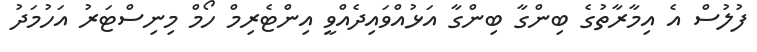
ފުލުސް އެ އިމާރާތުގެ ބިންގާ ބިންގާ އަޅުއްވައިދެއްވީ އިންޓެރިމް ހޯމް މިނިސްޓަރު އަހުމަދު